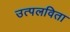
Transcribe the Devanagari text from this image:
उत्पलविता